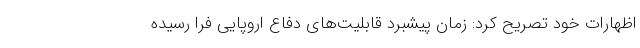
اظهارات خود تصریح کرد: زمان پیشبرد قابلیت‌های دفاع اروپایی فرا رسیده